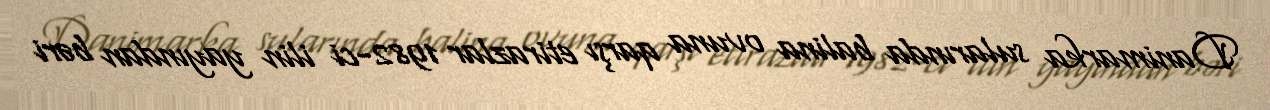
Danimarka sularında balina ovuna qarşı etirazlar 1982-ci ilin yayından bəri